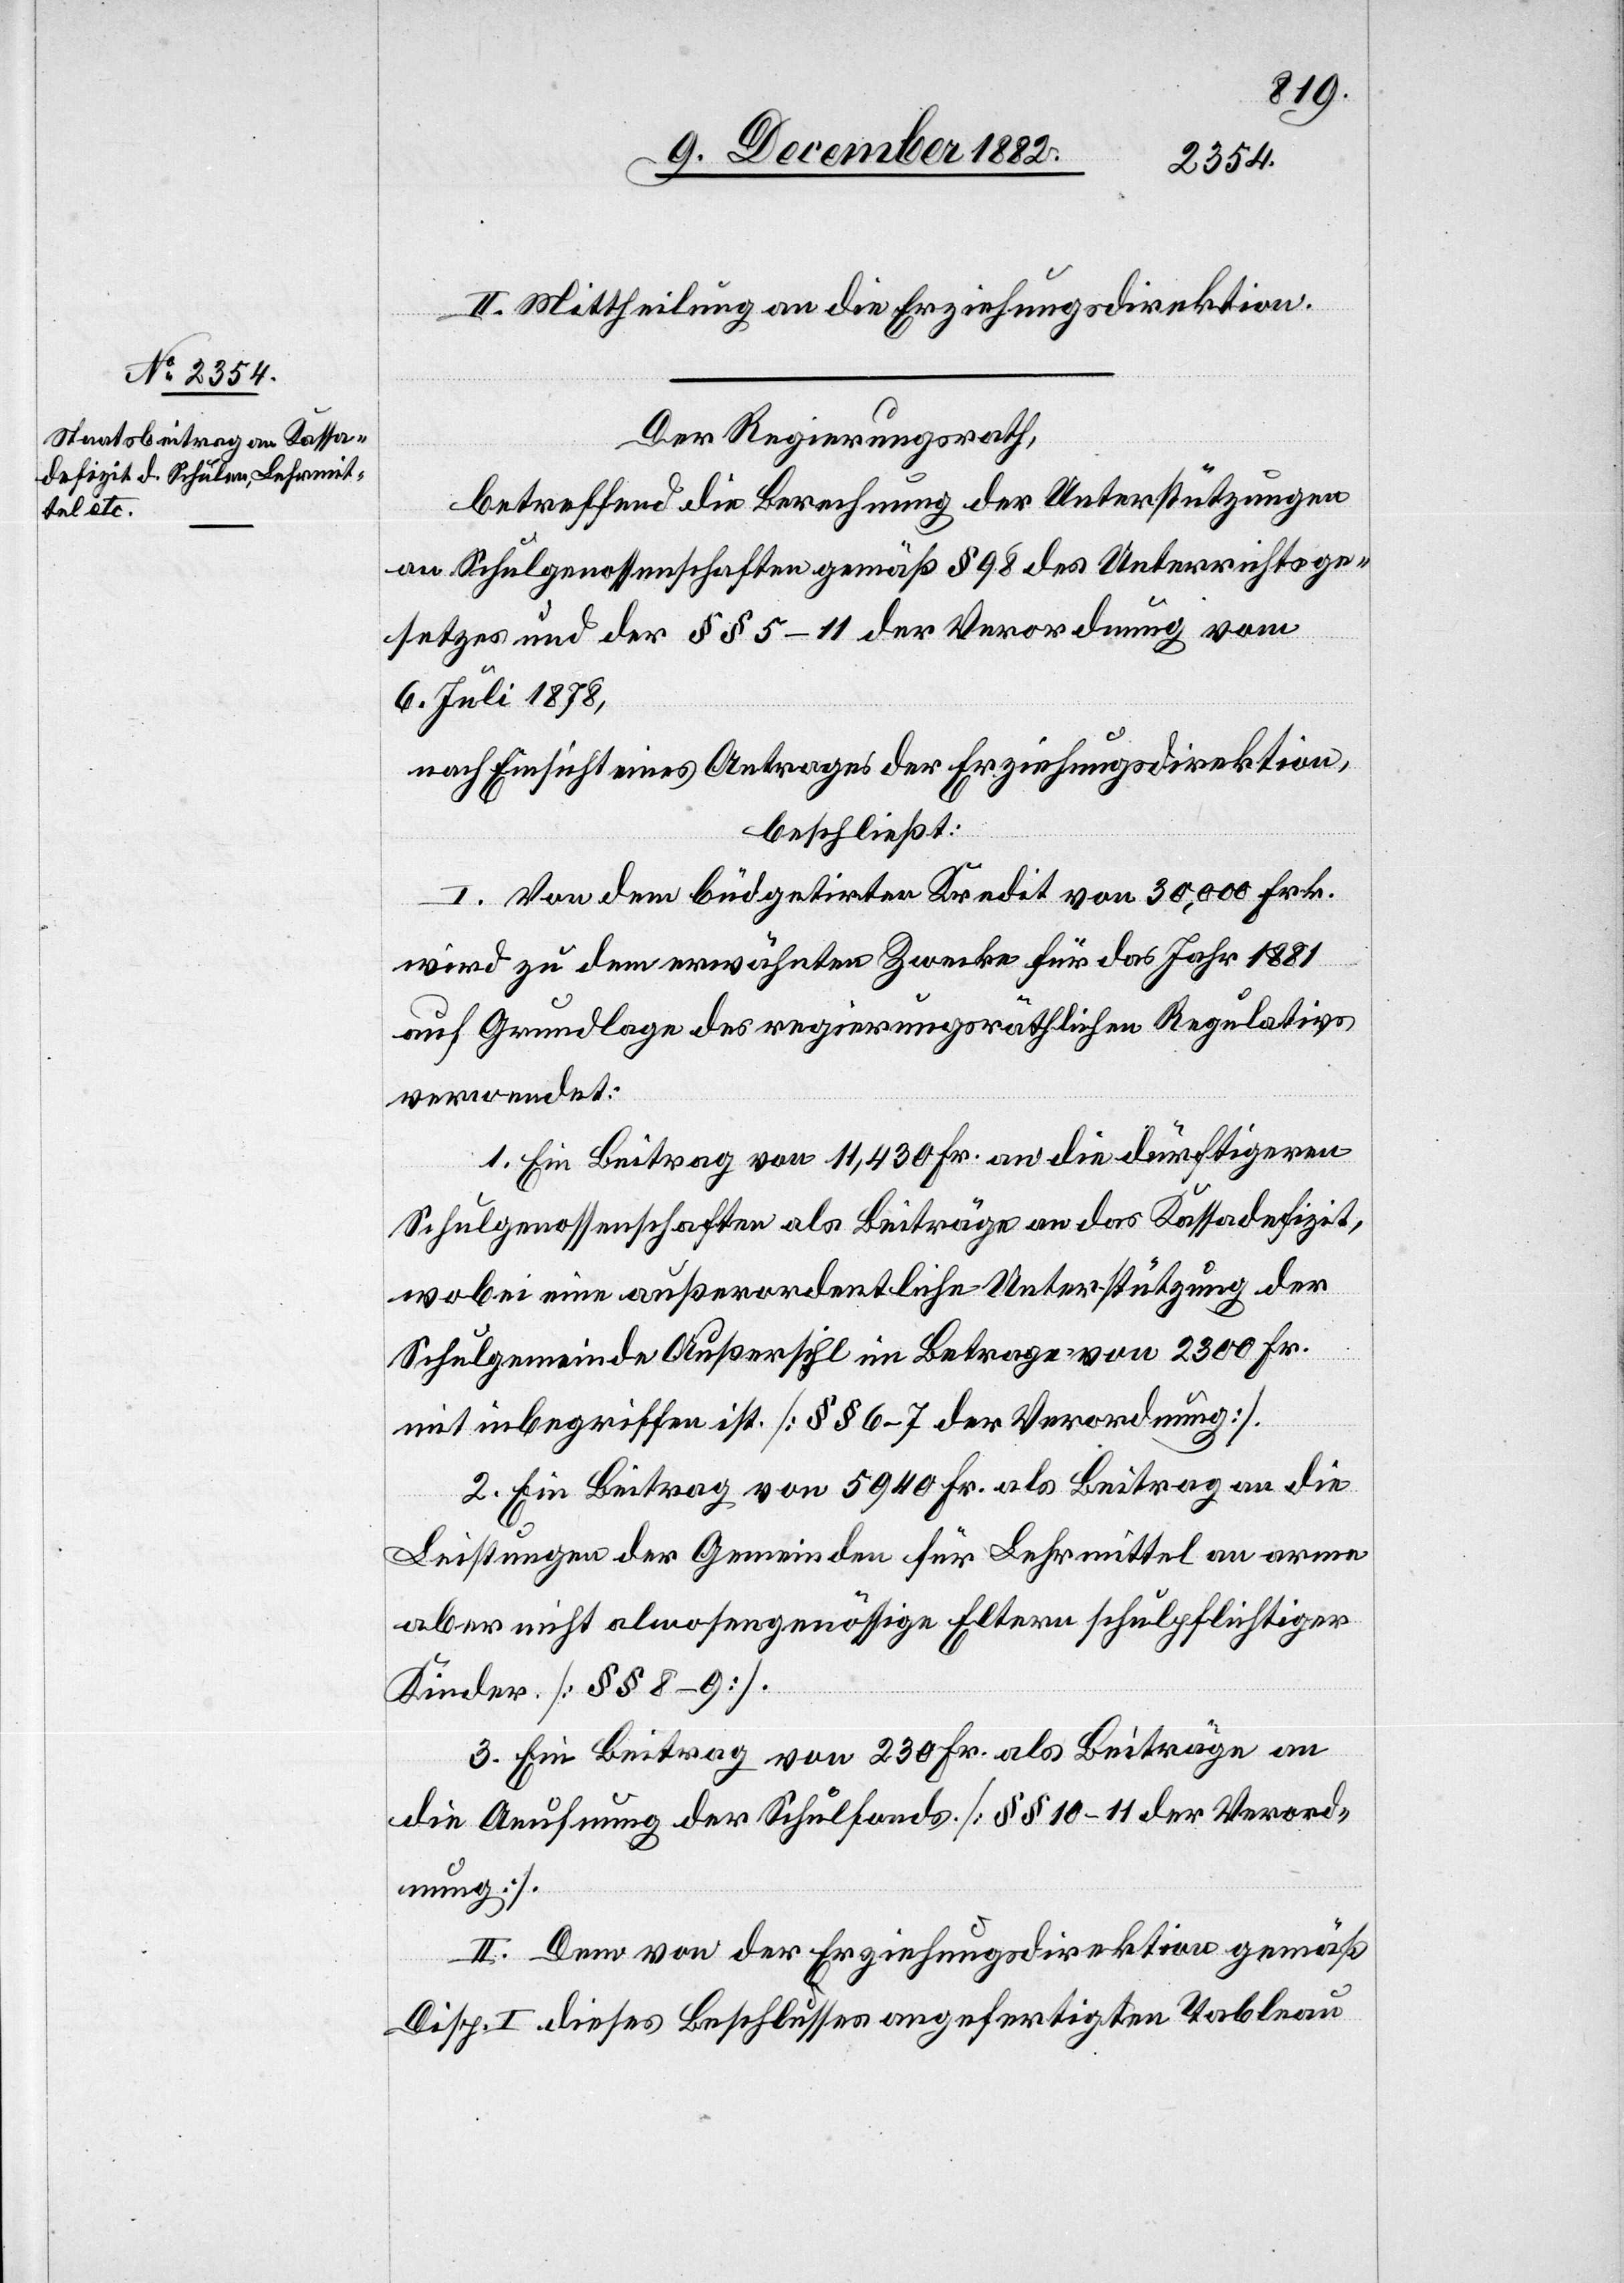
II. Mittheilung an die Erziehungsdirektion.
Der Regierungsrath,
betreffend die Berechnung der Unterstützungen
an Schulgenossenschaften gemäß § 98 des Unterrichtsge¬
setzes und der §§ 5–11 der Verordnung vom
6. Juli 1878,
nach Einsicht eines Antrages der Erziehungsdirektion,
beschließt:
I. Von dem büdgetirten Kredit von 30,000 Frk.
wird zu dem erwähnten Zwecke für das Jahr 1881
auf Grundlage des regierungsräthlichen Regulativs
1. Ein Beitrag von 11,430 Fr. an die dürftigeren
Schulgenossenschaften als Beiträge an das Kassadefizit,
wobei eine außerordentliche Unterstützung der
verordnet:
Schulgemeinde Außersihl im Betrage von 2300 Fr.
mit inbegriffen ist. [§§ 6–7 der Verordnung].
2. Ein Beitrag von 5940 Fr. als Beitrag an die
Leistungen der Gemeinden für Lehrmittel an arme
aber nicht almosengenössige Eltern schulpflichtiger
Kinder. [§§ 8–9].
3. Ein Beitrag von 230 Fr. als Beiträge an
die Aeufnung der Schulfonds [§§ 10–11 der Verord¬
nung].
II. Dem von der Erziehungsdirektion gemäß
Disp. I dieses Beschlusses angefertigten Tableau